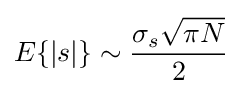
E\{|s|\}\sim {\frac {\sigma _{s}{\sqrt {\pi N}}}{2}}